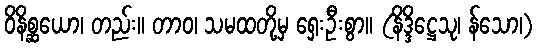
ဝိနိစ္ဆယော၊ တည်း။ တာဝ၊ သမထတို့မှ ရှေးဦးစွာ။ (နိဒ္ဒိဋ္ဌေသု၊ န်သော၊)